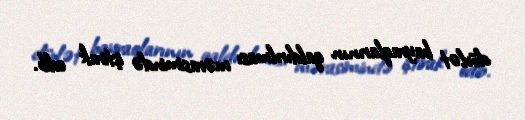
dövlət bayraqlarının qaldırılması mərasimində iştirak edib.